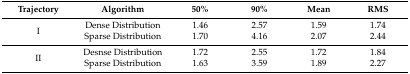
<table><thead><tr><td><b>Trajectory</b></td><td><b>Algorithm</b></td><td><b>50%</b></td><td><b>90%</b></td><td><b>Mean</b></td><td><b>RMS</b></td></tr></thead><tbody><tr><td rowspan="2">I</td><td>Dense Distribution</td><td>1.46</td><td>2.57</td><td>1.59</td><td>1.74</td></tr><tr><td>Sparse Distribution</td><td>1.70</td><td>4.16</td><td>2.07</td><td>2.44</td></tr><tr><td rowspan="2">II</td><td>Desnse Distribution</td><td>1.72</td><td>2.55</td><td>1.72</td><td>1.84</td></tr><tr><td>Sparse Distribution</td><td>1.63</td><td>3.59</td><td>1.89</td><td>2.27</td></tr></tbody></table>